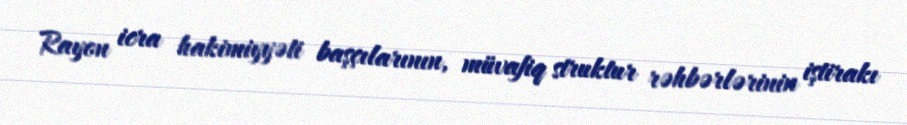
Rayon icra hakimiyyəti başçılarının, müvafiq struktur rəhbərlərinin iştirakı